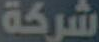
شركة